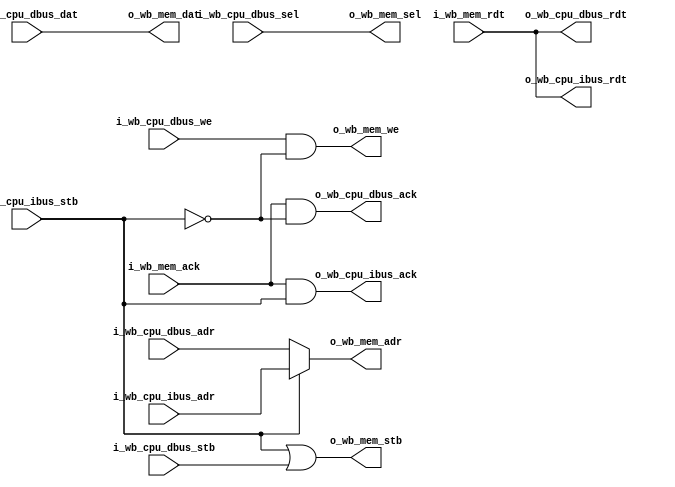
/* serving_arbiter.v : I/D arbiter for the serving SoC
 *  Relies on the fact that not both masters are active at the same time
 *
 * ISC License
 *
 * Copyright (C) 2020 Olof Kindgren <olof.kindgren@gmail.com>
 *
 * Permission to use, copy, modify, and/or distribute this software for any
 * purpose with or without fee is hereby granted, provided that the above
 * copyright notice and this permission notice appear in all copies.
 *
 * THE SOFTWARE IS PROVIDED "AS IS" AND THE AUTHOR DISCLAIMS ALL WARRANTIES
 * WITH REGARD TO THIS SOFTWARE INCLUDING ALL IMPLIED WARRANTIES OF
 * MERCHANTABILITY AND FITNESS. IN NO EVENT SHALL THE AUTHOR BE LIABLE FOR
 * ANY SPECIAL, DIRECT, INDIRECT, OR CONSEQUENTIAL DAMAGES OR ANY DAMAGES
 * WHATSOEVER RESULTING FROM LOSS OF USE, DATA OR PROFITS, WHETHER IN AN
 * ACTION OF CONTRACT, NEGLIGENCE OR OTHER TORTIOUS ACTION, ARISING OUT OF
 * OR IN CONNECTION WITH THE USE OR PERFORMANCE OF THIS SOFTWARE.
 */

module serving_arbiter
  (
   input wire [31:0]  i_wb_cpu_dbus_adr,
   input wire [31:0]  i_wb_cpu_dbus_dat,
   input wire [3:0]   i_wb_cpu_dbus_sel,
   input wire 	      i_wb_cpu_dbus_we,
   input wire 	      i_wb_cpu_dbus_stb,
   output wire [31:0] o_wb_cpu_dbus_rdt,
   output wire 	      o_wb_cpu_dbus_ack,

   input wire [31:0]  i_wb_cpu_ibus_adr,
   input wire 	      i_wb_cpu_ibus_stb,
   output wire [31:0] o_wb_cpu_ibus_rdt,
   output wire 	      o_wb_cpu_ibus_ack,

   output wire [31:0] o_wb_mem_adr,
   output wire [31:0] o_wb_mem_dat,
   output wire [3:0]  o_wb_mem_sel,
   output wire 	      o_wb_mem_we,
   output wire 	      o_wb_mem_stb,
   input wire [31:0]  i_wb_mem_rdt,
   input wire 	      i_wb_mem_ack);

   assign o_wb_cpu_dbus_rdt = i_wb_mem_rdt;
   assign o_wb_cpu_dbus_ack = i_wb_mem_ack & !i_wb_cpu_ibus_stb;

   assign o_wb_cpu_ibus_rdt = i_wb_mem_rdt;
   assign o_wb_cpu_ibus_ack = i_wb_mem_ack & i_wb_cpu_ibus_stb;

   assign o_wb_mem_adr = i_wb_cpu_ibus_stb ? i_wb_cpu_ibus_adr : i_wb_cpu_dbus_adr;
   assign o_wb_mem_dat = i_wb_cpu_dbus_dat;
   assign o_wb_mem_sel = i_wb_cpu_dbus_sel;
   assign o_wb_mem_we  = i_wb_cpu_dbus_we & !i_wb_cpu_ibus_stb;
   assign o_wb_mem_stb = i_wb_cpu_ibus_stb | i_wb_cpu_dbus_stb;


endmodule